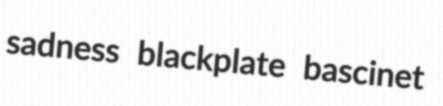
sadness blackplate bascinet